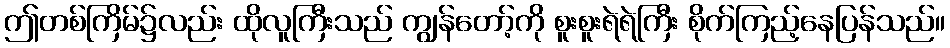
ဤတစ်ကြိမ်၌လည်း ထိုလူကြီးသည် ကျွန်တော့်ကို စူးစူးရဲရဲကြီး စိုက်ကြည့်နေပြန်သည်။